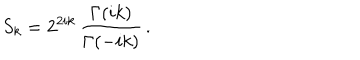
S _ { k } = 2 ^ { 2 i k } \, \frac { \Gamma ( i k ) } { \Gamma ( - i k ) } \, .